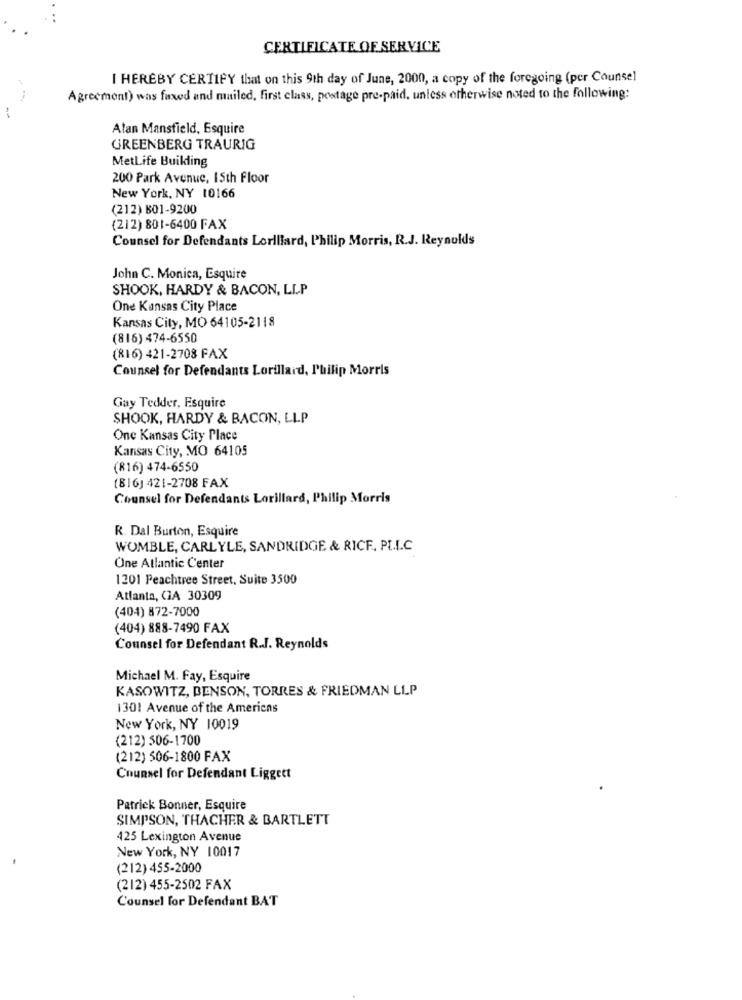
CERTIFICATE OF SERVICE
I HEREBY CERTIFY that on this 9th day of June, 2000, a copy of the foregoing (per Counsel
Agreement) was faxed and mailed, first class, postage pre-paid. unless otherwise noted to the following:
Alan Mansfield, Esquire
GREENBERG TRAURIG
MetLife Builling
200 Park Avenue, 15th Floor
New York, NY 10166
(212) 801-9200
(212) 801-6400 FAX
Counsel for Defendants Lorillard, Philip Morris, R.J. Reynolds
John C. Monica, Esquire
SHOOK, HARDY & BACON, LLP
One Kansas City Place
Kansas City, MO 64105-2118
(816) 474-6550
(816) 421-2708 FAX
Counsel for Defendants Lorillard, Philip Morris
Gay Tedder, Esquire
SHOOK, HARDY & BACON, LLP
One Kansas City Place
Kansas City, MO 64105
(816) 474-6550
(816) 421-2708 FAX
Counsel for Defendants Lorillard, Philip Morris
R. Dal Burton, Esquire
WOMBLE, CARLYLE, SANDRIDGE & RICE, PL.L.C
One Atlantic Center
1201 Peachtree Street, Suite 3500
Atlanta, CIA 30309
(404) 872-7000
(404) 888-7490 FAX
Counsel for Defendant R.J. Reynolds
Michael M. Fay, Esquire
KASOWITZ, BENSON, TORRES & FRIEDMAN LLP
1301 Avenue of the Americas
New York, NY 10019
(212) 506-1700
(212) 506-1800 FAX
Counsel for Defendant Liggett
Patrick Bonner, Esquire
SIMPSON, THACHER & BARTLETT
425 Lexington Avenue
New York, NY 10017
(212) 455-2000
(212) 455-2502 FAX
Counsel for Defendant BAT